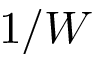
1 / W